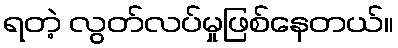
ရတဲ့ လွတ်လပ်မှုဖြစ်နေတယ်။